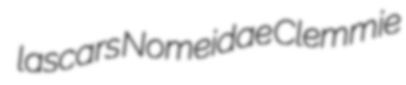
lascars Nomeidae Clemmie